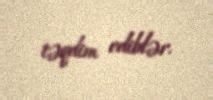
təqdim ediblər.